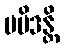
မမိဒန္တိ